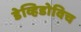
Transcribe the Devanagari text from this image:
डेव्हिडोविच